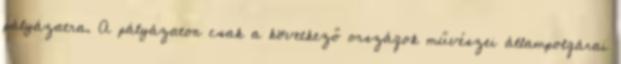
pályázatra. A pályázaton csak a következő országok művészei állampolgárai